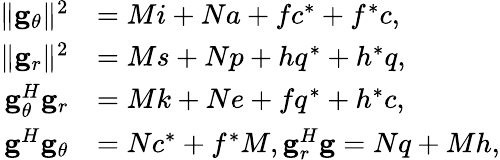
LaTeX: \begin{array}{rl}{{\| {{{\mathbf{g}}_{\theta}}}\| ^{2}}}&{=Mi+Na+f{c^{*}}+{f^{*}}c,}\\ {{\| {{{\mathbf{g}}_{r}}}\| ^{2}}}&{=Ms+Np+h{q^{*}}+{h^{*}}q,}\\ {{\mathbf{g}}_{\theta}^{H}{{\mathbf{g}}_{r}}}&{=Mk+Ne+f{q^{*}}+{h^{*}}c,}\\ {{{\mathbf{g}}^{H}}{{\mathbf{g}}_{\theta}}}&{=N{c^{*}}+{f^{*}}M,{\mathbf{g}}_{r}^{H}{\mathbf{g}}=Nq+Mh,}\end{array}